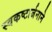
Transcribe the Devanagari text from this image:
स्वकष्टार्जनाने